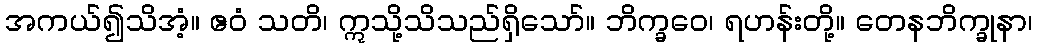
အကယ်၍သိအံ့။ ဧဝံ သတိ၊ ဣသို့သိသည်ရှိသော်။ ဘိက္ခဝေ၊ ရဟန်းတို့။ တေနဘိက္ခုနာ၊